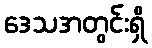
ဒေသအတွင်းရှိ